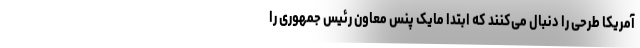
آمریکا طرحی را دنبال می‌کنند که ابتدا مایک پنس معاون رئیس جمهوری را